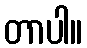
တာပါ။